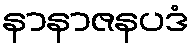
နာနာဇနပဒံ